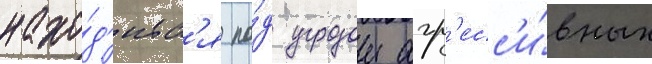
нахо́д'итс'я по́д угрозои агр'есс'и́вных